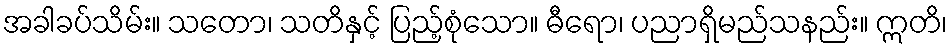
အခါခပ်သိမ်း။ သတော၊ သတိနှင့် ပြည့်စုံသော။ ဓီရော၊ ပညာရှိမည်သနည်း။ ဣတိ၊